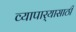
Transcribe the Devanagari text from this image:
व्यापार्‍यासाठी